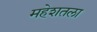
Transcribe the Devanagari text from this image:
महेशतला